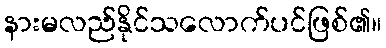
နားမလည်နိုင်သလောက်ပင်ဖြစ်၏။